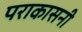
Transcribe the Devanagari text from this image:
पराकासनी